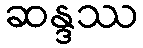
ဆန္ဒဿ